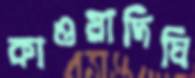
কাওয়াদিঘি